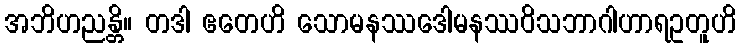
အဘိဟညန္တိ။ တဒါ ဧတေဟိ သောမနဿဒေါမနဿဝိသဘာဂါဟာရဥတူဟိ